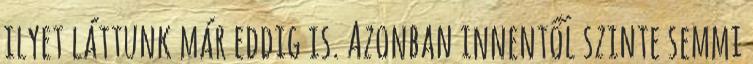
ilyet láttunk már eddig is. Azonban innentől szinte semmi